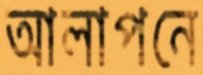
আলাপনে